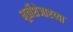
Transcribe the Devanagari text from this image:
मूर्तीशेजारच्या